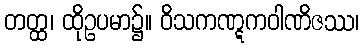
တတ္ထ၊ ထိုဥပမာ၌။ ဝိသကဏ္ဋကဝါဏိဇဿ၊